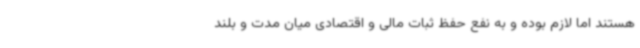
هستند اما لازم بوده و به نفع حفظ ثبات مالی و اقتصادی میان مدت و بلند